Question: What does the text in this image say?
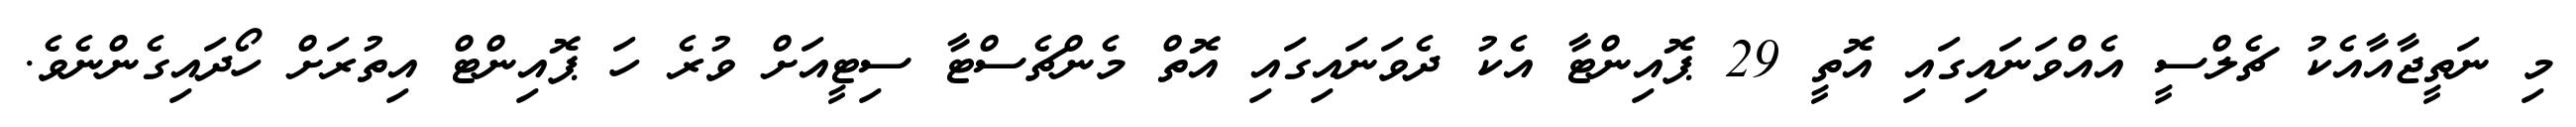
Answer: މި ނަތީޖާއާއެކު ޗެލްސީ އެއްވަނައިގައި އޮތީ 29 ޕޮއިންޓާ އެކު ދެވަނައިގައި އޮތް މެންޗެސްޓާ ސިޓީއަށް ވުރެ ހަ ޕޮއިންޓް އިތުރަށް ހޯދައިގެންނެވެ.